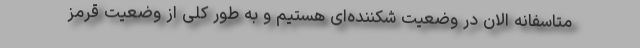
متاسفانه الان در وضعیت شکننده‌ای هستیم و به طور کلی از وضعیت قرمز